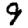
Digit: 9